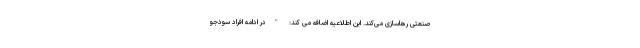
صنعتی رهاسازی می‌کند. این اطلاعیه اضافه می کند: "در ادامه افراد سودجو